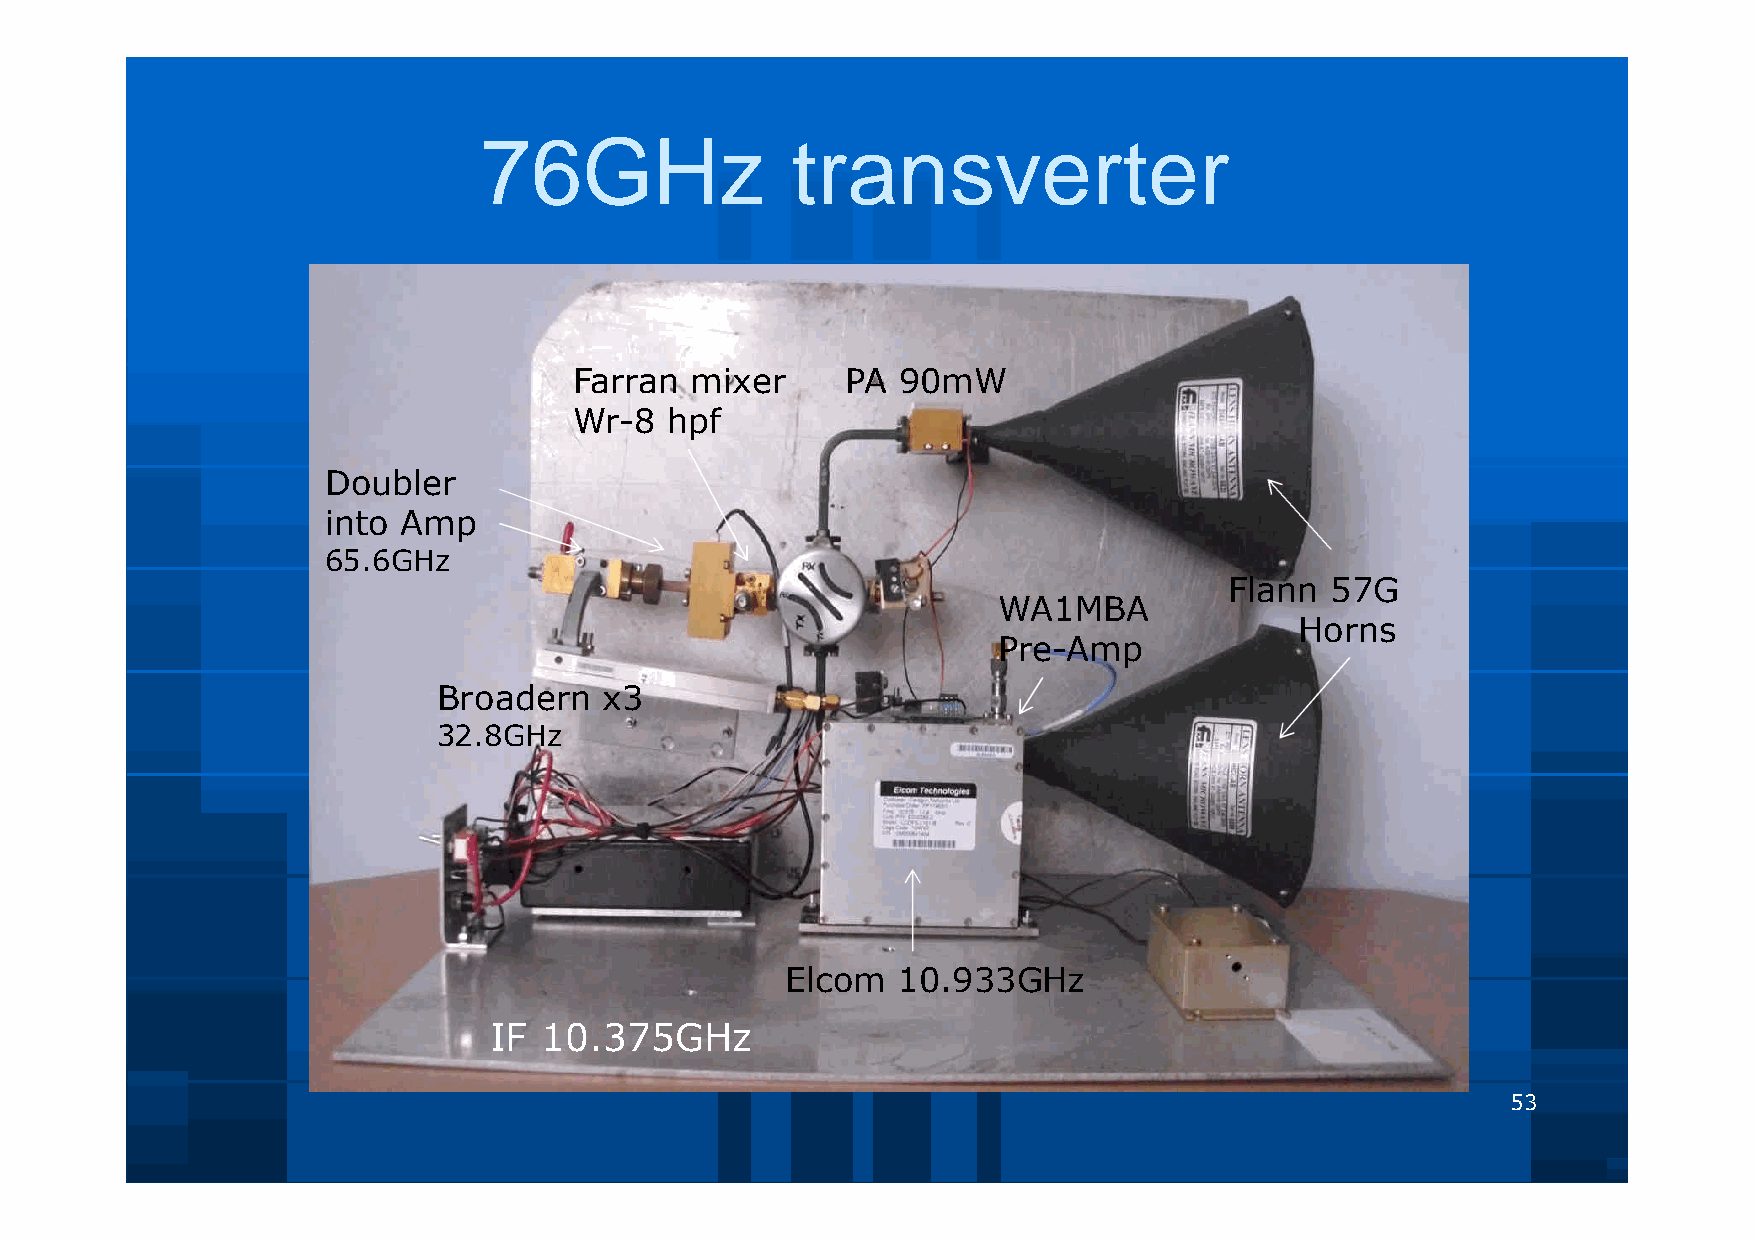
76GHz               transverter
 Farran  mixer     PA 90mW
 Wr-8  hpf
 Doubler
 into Amp
 65.6GHz
 Flann  57G
 WA1MBA
 Horns
 Pre-Amp
 Broadern   x3
 32.8GHz
 Elcom  10.933GHz
 IF  10.375GHz
 53